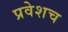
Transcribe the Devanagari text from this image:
प्रवेशच